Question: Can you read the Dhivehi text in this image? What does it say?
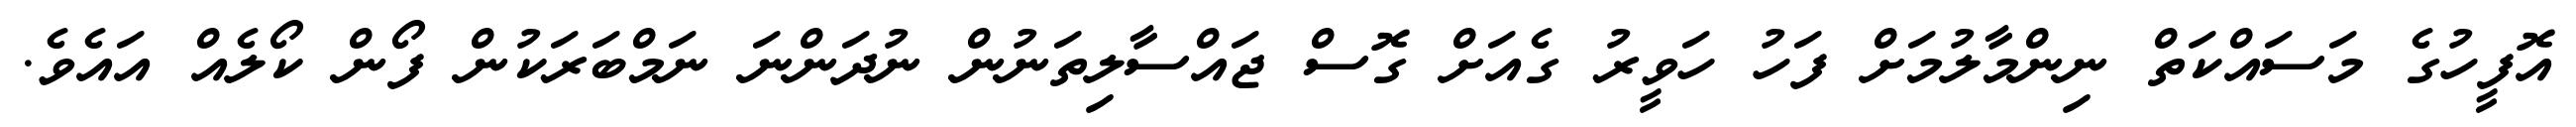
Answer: އޮފީހުގެ މަސައްކަތް ނިންމާލުމަށް ފަހު ހަވީރު ގެއަށް ގޮސް ޖައްސާލިތަނުން ނުދަންނަ ނަމްބަރަކުން ފޯން ކޯލެއް އައެވެ.